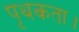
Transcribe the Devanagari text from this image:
पृथकता।